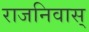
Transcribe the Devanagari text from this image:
राजनिवास्